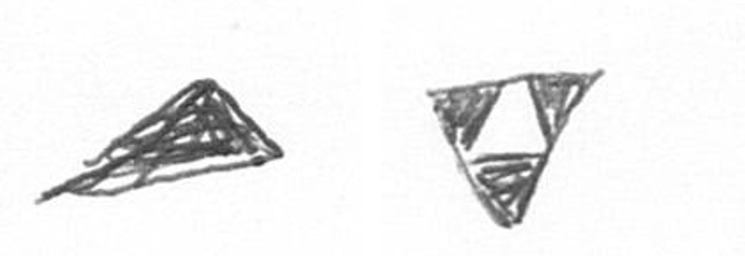
O S